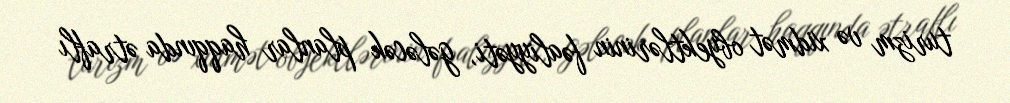
turizm və xidmət obyektlərinin fəaliyyəti, gələcək planlar haqqında ətraflı